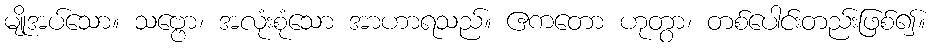
မျိုအပ်သော။ သဗ္ဗော၊ အလုံးစုံသော အာဟာရသည်။ ဧကတော ဟုတွာ၊ တစ်ပေါင်းတည်းဖြစ်၍။